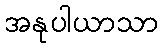
အနုပါယာသာ